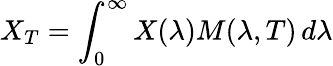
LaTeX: X_{T}=\int_{0}^{\infty}X(\lambda)M(\lambda,T)\, d\lambda